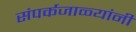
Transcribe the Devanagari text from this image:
संपर्कजाळ्यांनी